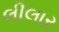
લીલાર